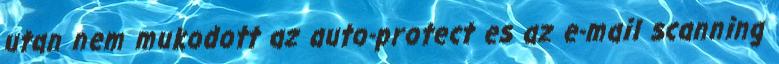
utan nem mukodott az auto-protect es az e-mail scanning